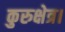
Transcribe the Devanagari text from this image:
कुरुक्षेत्र।